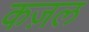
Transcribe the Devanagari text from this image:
कज़ल